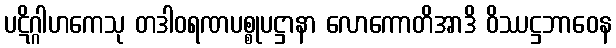
ပဋိဂ္ဂါဟကေသု တဒါဝရဏပစ္စုပဋ္ဌာနာ လောကောတိအာဒိ ဝိဿဋ္ဌဘာဝေန